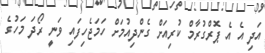
އަދި އެ އެ ޕޮރްގުރާމް ކުރިއަށް ގެންދިއުމަށް ހަމަޖެހިފައި ވަނީ ރޯދަ މަހުގެ